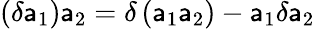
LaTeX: \left(\delta\mathsf{a}_{1}\right)\mathsf{a}_{2}=\delta\left(\mathsf{a}_{1}\mathsf{a}_{2}\right)-\mathsf{a}_{1}\delta\mathsf{a}_{2}